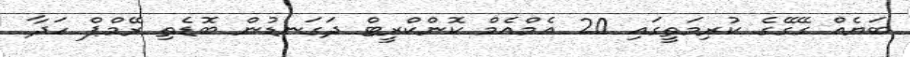
ބަޔެއް ގޭގޭގެ ކުރިމަތީގައި 20 އެމްއެމް ކޮންކްރީޓް ދަގަނޑުން ބޮޑެތި ރޭމްޕް ހަދާ